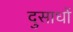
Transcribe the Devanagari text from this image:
दुसाधों